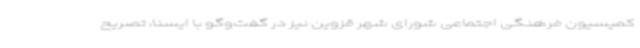
کمیسیون فرهنگی اجتماعی شورای شهر قزوین نیز در گفت‌وگو با ایسنا، تصریح